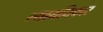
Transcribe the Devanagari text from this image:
न्यायधिकार